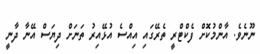
ނޫނެވެ. އާންމުކޮށް ފެކްޓްރީ ތެރޭގައި އިއްސެ އުޅޭއިރު ތަނަށް ދިޔަސް އޭނާ ދާނީ